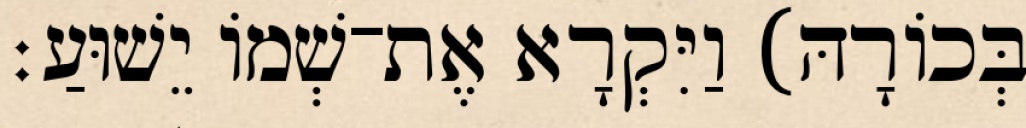
בְּכוֹרָהּ) וַיִּקְרָא אֶת־שְׁמוֹ יֵשׁוּעַ׃